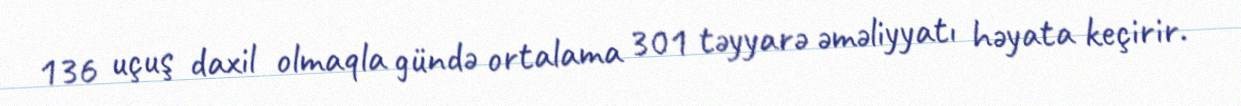
136 uçuş daxil olmaqla gündə ortalama 301 təyyarə əməliyyatı həyata keçirir.